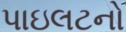
પાઇલટનો